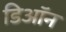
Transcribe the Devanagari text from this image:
डिऑन